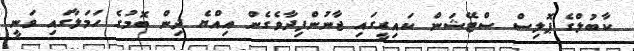
ކާބުލްގެ ޕޮލިސް ސްޓޭޝަން ކައިރީގައި ޖާނުންފިދާވެގެން އިއްޔެ ދިން ބޮމުގެ ހަމަލާގައި ވަނީ